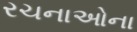
રચનાઓના